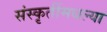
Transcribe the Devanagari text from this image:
संस्कृतींमधल्या